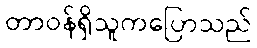
တာဝန်ရှိသူကပြောသည်